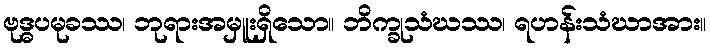
ဗုဒ္ဓပမုခဿ၊ ဘုရားအမှူးရှိသော။ ဘိက္ခုသံဃဿ၊ ရဟန်းသံဃာအား။